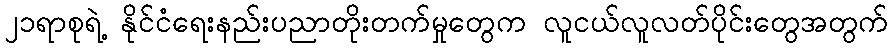
၂၁ရာစုရဲ့ နိုင်ငံရေးနည်းပညာတိုးတက်မှုတွေက လူငယ်လူလတ်ပိုင်းတွေအတွက်